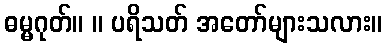
ဓမ္မဂုတ်။ ။ ပရိသတ် အတော်များသလား။